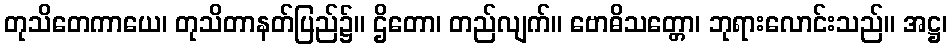
တုသိတေကာယေ၊ တုသိတာနတ်ပြည်၌။ ဌိတော၊ တည်လျက်။ ဗောဓိသတ္တော၊ ဘုရားလောင်းသည်။ အဋ္ဌ၊